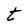
Character: t